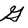
Character: G